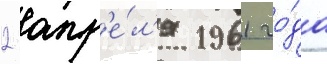
2 апр'е́л'я 1961 го́да